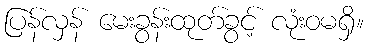
ပြန်လှန် မေးခွန်းထုတ်ခွင့် လုံးဝမရှိ။